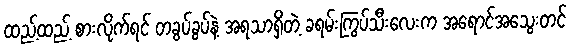
ထည့်ထည့် စားလိုက်ရင် တခွပ်ခွပ်နဲ့ အရသာရှိတဲ့ ခရမ်းကြွပ်သီးလေးက အရောင်အသွေးတင်